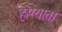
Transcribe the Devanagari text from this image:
होण्याता